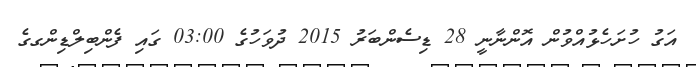
އަގު ހުށަހެޅުއްވުން އޮންނާނީ 28 ޑިސެންބަރު 2015 ދުވަހުގެ 03:00 ގައި ފެންބިލްޑިންގގެ